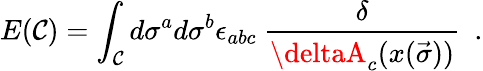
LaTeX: E(\mathcal{C})=\int_{\mathcal{C}}d\sigma^{a}d\sigma^{b}\epsilon_{abc}\ \frac{{\delta}}{{\deltaA_{c}(x(\vec{{\sigma}}))}}\ \ .